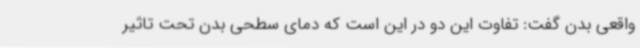
واقعی بدن گفت: تفاوت این دو در این است که دمای سطحی بدن تحت تاثیر